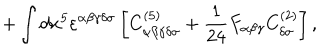
+ \int d x ^ { 5 } \varepsilon ^ { \alpha \beta \gamma \delta \sigma } \left[ C _ { \alpha \beta \gamma \delta \sigma } ^ { ( 5 ) } + { \frac { 1 } { 2 4 } } F _ { \alpha \beta \gamma } C _ { \delta \sigma } ^ { ( 2 ) } \right] ,